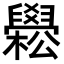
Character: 𦦵